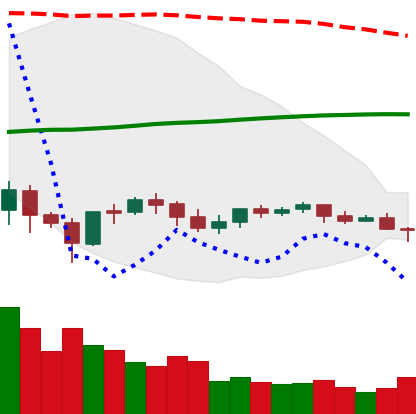
Ticker: LTC-USD
Chart end date: 2021-06-08
Forward return: 6.062%
Label: up_5_7